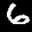
Label: 6